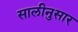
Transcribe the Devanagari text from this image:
सालीनुसार